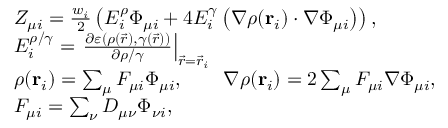
\begin{array} { r l } & { Z _ { \mu i } = \frac { w _ { i } } { 2 } \left( E _ { i } ^ { \rho } \Phi _ { \mu i } + 4 E _ { i } ^ { \gamma } \left( \nabla \rho ( \mathbf { r } _ { i } ) \cdot \nabla \Phi _ { \mu i } \right) \right) , } \\ & { E _ { i } ^ { \rho / \gamma } = \left. \frac { \partial \varepsilon ( \rho ( \vec { r } ) , \gamma ( \vec { r } ) ) } { \partial \rho / \gamma } \right\vert _ { \vec { r } = \vec { r } _ { i } } } \\ & { \rho ( \ensuremath \mathbf { r } _ { i } ) = \sum _ { \mu } F _ { \mu i } \Phi _ { \mu i } , \qquad \nabla \rho ( \ensuremath \mathbf { r } _ { i } ) = 2 \sum _ { \mu } F _ { \mu i } \nabla \Phi _ { \mu i } , } \\ & { F _ { \mu i } = \sum _ { \nu } D _ { \mu \nu } \Phi _ { \nu i } , } \end{array}